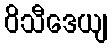
ဝိသီဒေယျ